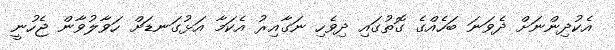
އެކުދިންނަށް ދެވަނަ ބަހެއްގެ ގޮތުގައި ދިވެހި ނަގާއިރު އެކަމާ އަޅުގަނޑަށް ހަވާލުވާން ޖެހުނީ